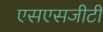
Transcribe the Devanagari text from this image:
एसएसजीटी